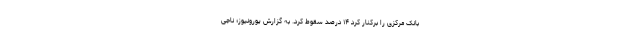
بانک مرکزی را برکنار کرد ۱۴ درصد سقوط کرد. به گزارش یورونیوز؛ ناجی